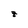
Character: z